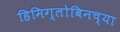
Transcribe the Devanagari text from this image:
हिमिग्लोबिनच्या